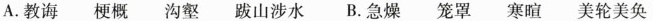
A.教诲 梗概 沟壑 跋山涉水 B.急燥 笼罩 寒暄 美轮美奂